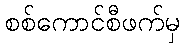
စစ်ကောင်စီဖက်မှ